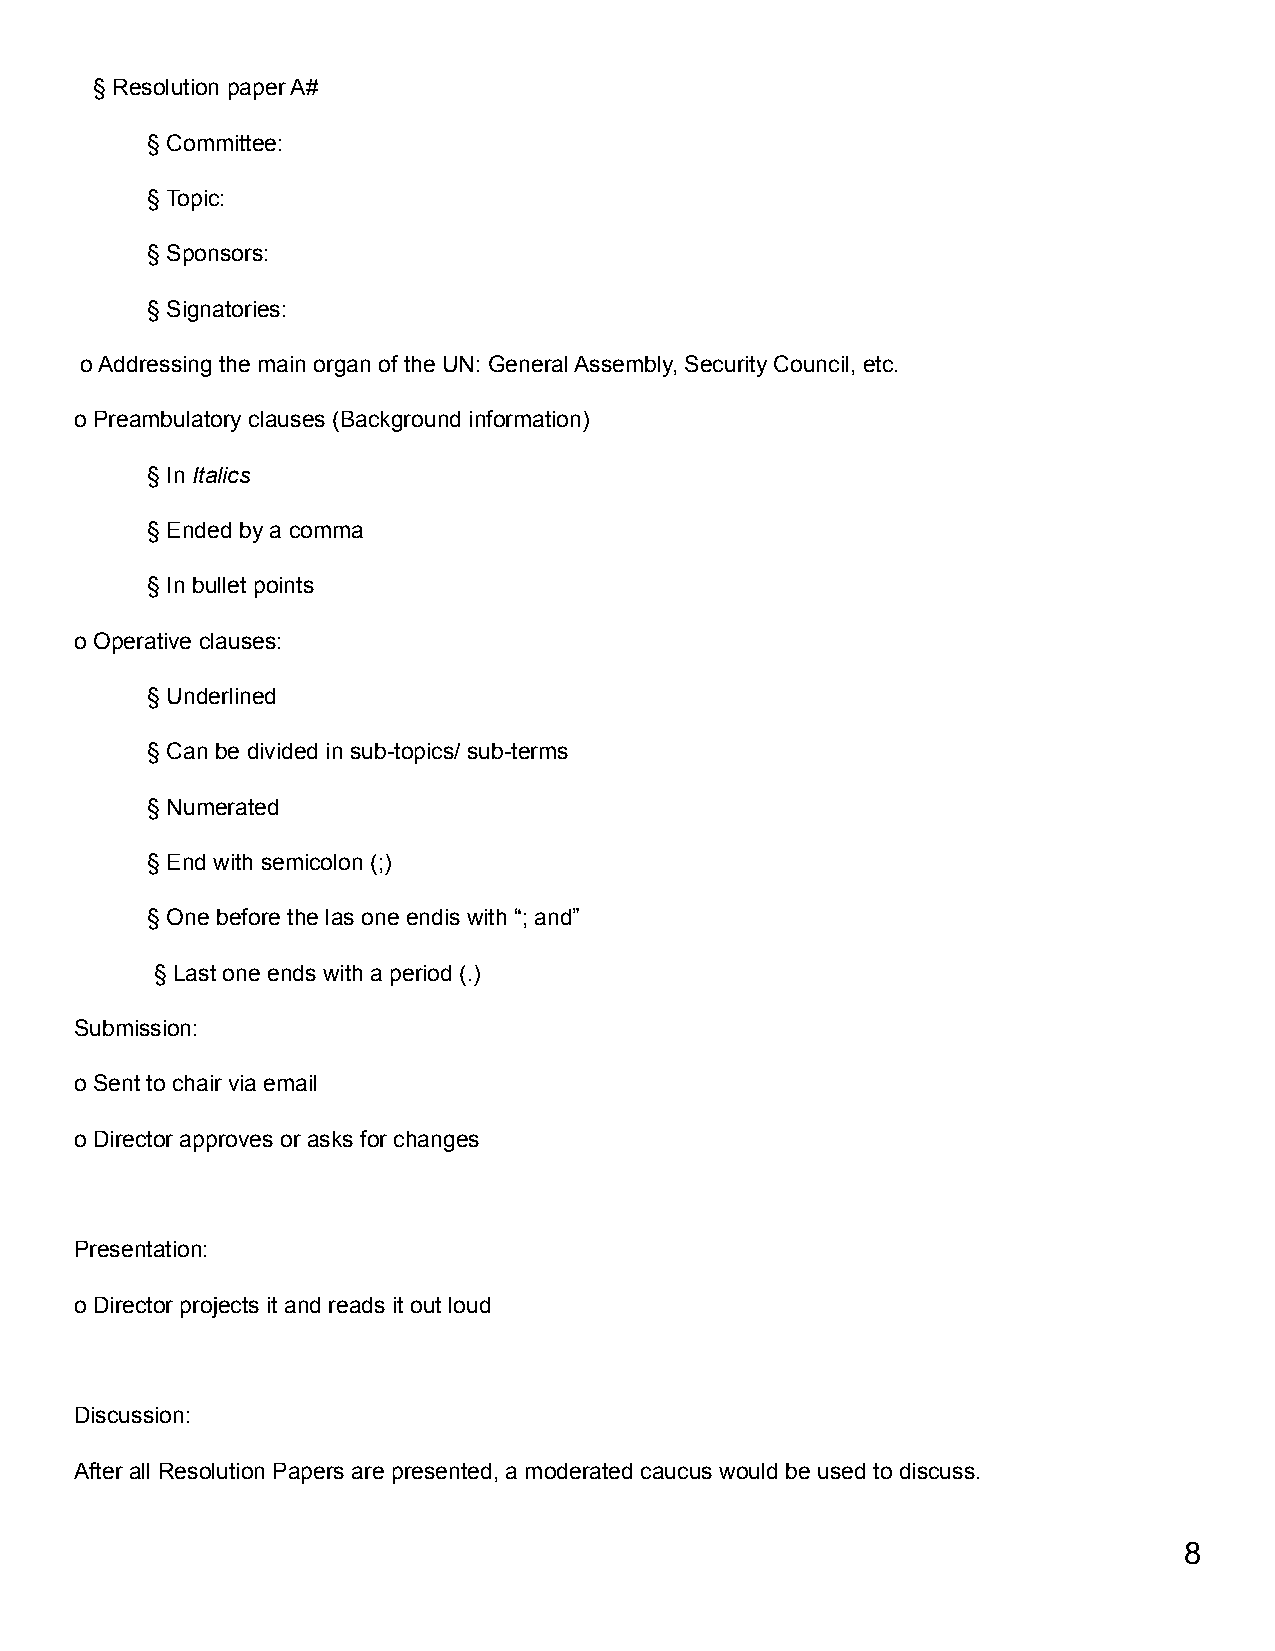
§ Resolution paper A#
 § Committee:
 § Topic:
 § Sponsors:
 § Signatories:
 o Addressing the main organ of the UN: General Assembly, Security Council, etc.
 o Preambulatory clauses (Background information)
 § In Italics
 § Ended by a comma
 § In bullet points
 o Operative clauses:
 § Underlined
 § Can be divided in sub-topics/ sub-terms
 § Numerated
 § End with semicolon (;)
 § One before the las one endis with “; and”
 § Last one ends with a period (.)
 Submission:
 o Sent to chair via email
 o Director approves or asks for changes
 Presentation:
 o Director projects it and reads it out loud
 Discussion:
 After all Resolution Papers are presented, a moderated caucus would be used to discuss.
 8